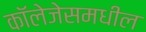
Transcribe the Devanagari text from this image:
कॉलेजेसमधील